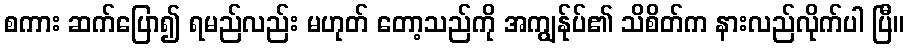
စကား ဆက်ပြော၍ ရမည်လည်း မဟုတ် တော့သည်ကို အကျွန်ုပ်၏ သိစိတ်က နားလည်လိုက်ပါ ပြီ။